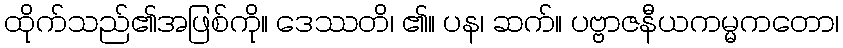
ထိုက်သည်၏အဖြစ်ကို။ ဒေဿတိ၊ ၏။ ပန၊ ဆက်။ ပဗ္ဗာဇနီယကမ္မကတော၊